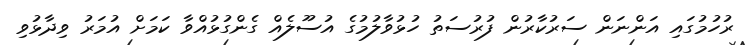
ރުހުމުގައި އަންނަން ސަރުކާރުން ފުރުސަތު ހުޅުވާލުމުގެ އުސޫލެއް ގެންގުޅުއްވާ ކަމަށް އުމަރު ވިދާޅުވި